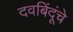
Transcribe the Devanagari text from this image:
दवबिंदूंचे